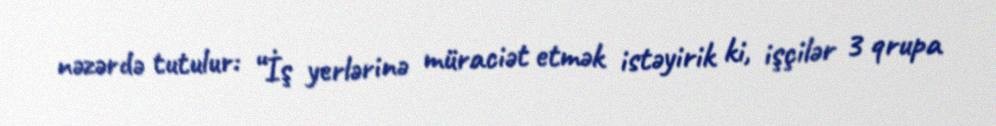
nəzərdə tutulur: “İş yerlərinə müraciət etmək istəyirik ki, işçilər 3 qrupa